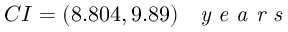
C I = ( 8 . 8 0 4 , 9 . 8 9 ) \; \textrm { \textit { y e a r s } }